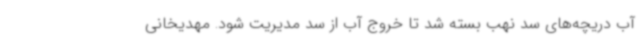
آب دریچه‌های سد نهب بسته شد تا خروج آب از سد مدیریت شود. مهدیخانی